Report of the Indian Hemp Drugs Commission, 1894-1895 - Volume I
Year: 1894
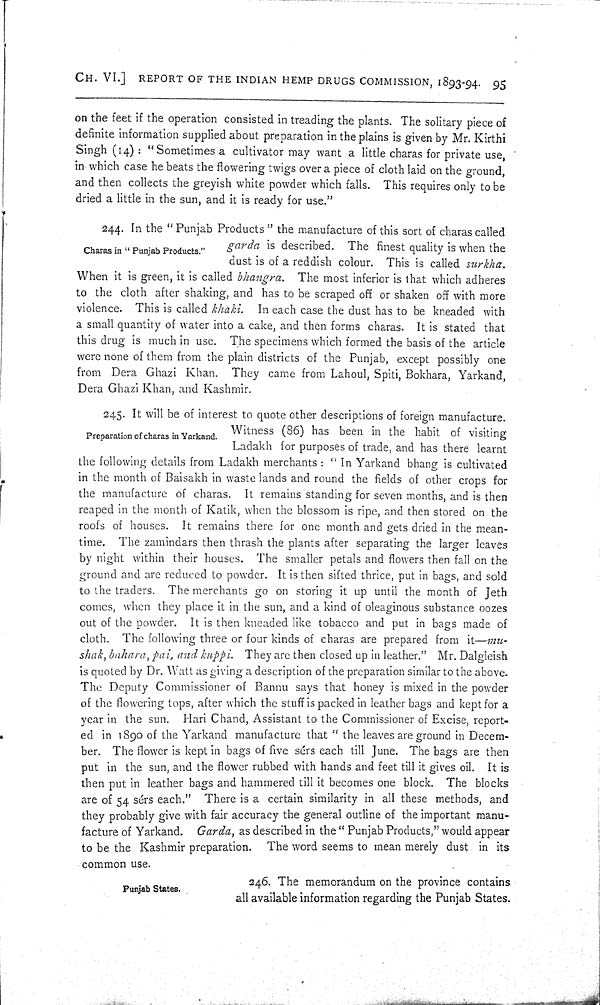
CH. VI.] REPORT OF THE INDIAN HEMP DRUGS COMMISSION, 1893-94. 95
on the feet if the operation consisted in treading the plants. The solitary piece of
definite information supplied about preparation in the plains is given by Mr. Kirthi
Singh (14): "Sometimes a cultivator may want a little charas for private use,
in which case he beats the flowering twigs over a piece of cloth laid on the ground,
and then collects the greyish white powder which falls. This requires only to be
dried a little in the sun, and it is ready for use."
Charas in "Punjab Products."
244. In the "Punjab Products" the manufacture of this sort of charas called
garda is described. The finest quality is when the
dust is of a reddish colour. This is called surkha.
When it is green, it is called bhangra.
The most inferior is that which adheres
to the cloth after shaking, and has to be scraped off or shaken off with more
violence. This is called khaki.
In each case the dust has to be kneaded with
a small quantity of water into a cake, and then forms charas. It is stated that
this drug is much in use. The specimens which formed the basis of the article
were none of them from the plain districts of the Punjab, except possibly one
from Dera Ghazi Khan. They came from Lahoul, Spiti, Bokhara, Yarkand,
Dera Ghazi Khan, and Kashmir.
Preparation of charas in Yarkand.
245. It will be of interest to quote other descriptions of foreign manufacture.
Witness (86) has been in the habit of visiting
Ladakh for purposes of trade, and has there learnt
the following details from Ladakh merchants: "In Yarkand bhang is cultivated
in the month of Baisakh in waste lands and round the fields of other crops for
the manufacture of charas. It remains standing for seven months, and is then
reaped in the month of Katik, when the blossom is ripe, and then stored on the
roofs of houses. It remains there for one month and gets dried in the mean-
time. The zamindars then thrash the plants after separating the larger leaves
by night within their houses. The smaller petals and flowers then fall on the
ground and are reduced to powder. It is then sifted thrice, put in bags, and sold
to the traders. The merchants go on storing it up until the month of Jeth
comes, when they place it in the sun, and a kind of oleaginous substance oozes
out of the powder. It is then kneaded like tobacco and put in bags made of
cloth. The following three or four kinds of charas are prepared from it-mu-
shak, bahara, pai, and kuppi. They are then closed up in leather." Mr. Dalgleish
is quoted by Dr. Watt as giving a description of the preparation similar to the above.
The Deputy Commissioner of Bannu says that honey is mixed in the powder
of the flowering tops, after which the stuff is packed in leather bags and kept for a
year in the sun. Hari Chand, Assistant to the Commissioner of Excise, report-
ed in 1890 of the Yarkand manufacture that "the leaves are ground in Decem-
ber. The flower is kept in bags of five sérs each till June. The bags are then
put in the sun, and the flower rubbed with hands and feet till it gives oil. It is
then put in leather bags and hammered till it becomes one block. The blocks
are of 54 sérs each." There is a certain similarity in all these methods, and
they probably give with fair accuracy the general outline of the important manu-
facture of Yarkand. Garda, as described in the "Punjab Products," would appear
to be the Kashmir preparation. The word seems to mean merely dust in its
common use.
Punjab States.
246. The memorandum on the province contains
all available information regarding the Punjab States.